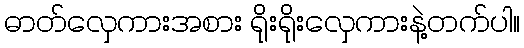
ဓာတ်လှေကားအစား ရိုးရိုးလှေကားနဲ့တက်ပါ။